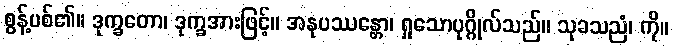
စွန့်ပစ်၏။ ဒုက္ခတော၊ ဒုက္ခအားဖြင့်။ အနုပဿန္တော၊ ရှုသောပုဂ္ဂိုလ်သည်။ သုခသညံ၊ ကို။